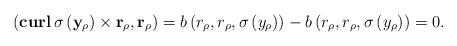
LaTeX: \begin{align*}\left( \mathbf{curl}\,\sigma\left(\mathbf y_\rho\right)\times \mathbf r_\rho,\mathbf r_\rho\right)=b\left(r_\rho,r_\rho,\sigma\left(y_\rho\right)\right)-b\left(r_\rho,r_\rho,\sigma\left(y_\rho\right)\right)=0.\end{align*}